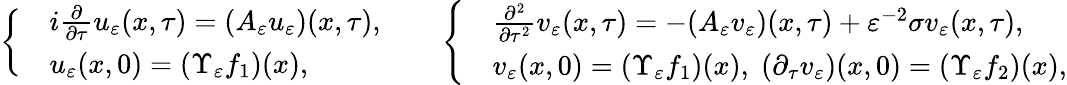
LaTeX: \left\{ \begin{array}{rl}&{i\frac{\partial}{\partial\tau}u_{\varepsilon}(x,\tau)=(A_{\varepsilon}u_{\varepsilon})(x,\tau),}\\ &{u_{\varepsilon}(x,0)=(\Upsilon_{\varepsilon}f_{1})(x),}\end{array}\right.\qquad\left\{ \begin{array}{rl}&{\frac{\partial^{2}}{\partial\tau^{2}}v_{\varepsilon}(x,\tau)=-(A_{\varepsilon}v_{\varepsilon})(x,\tau)+\varepsilon^{-2}\sigma v_{\varepsilon}(x,\tau),}\\ &{v_{\varepsilon}(x,0)=(\Upsilon_{\varepsilon}f_{1})(x),\; (\partial_{\tau}v_{\varepsilon})(x,0)=(\Upsilon_{\varepsilon}f_{2})(x),}\end{array}\right.